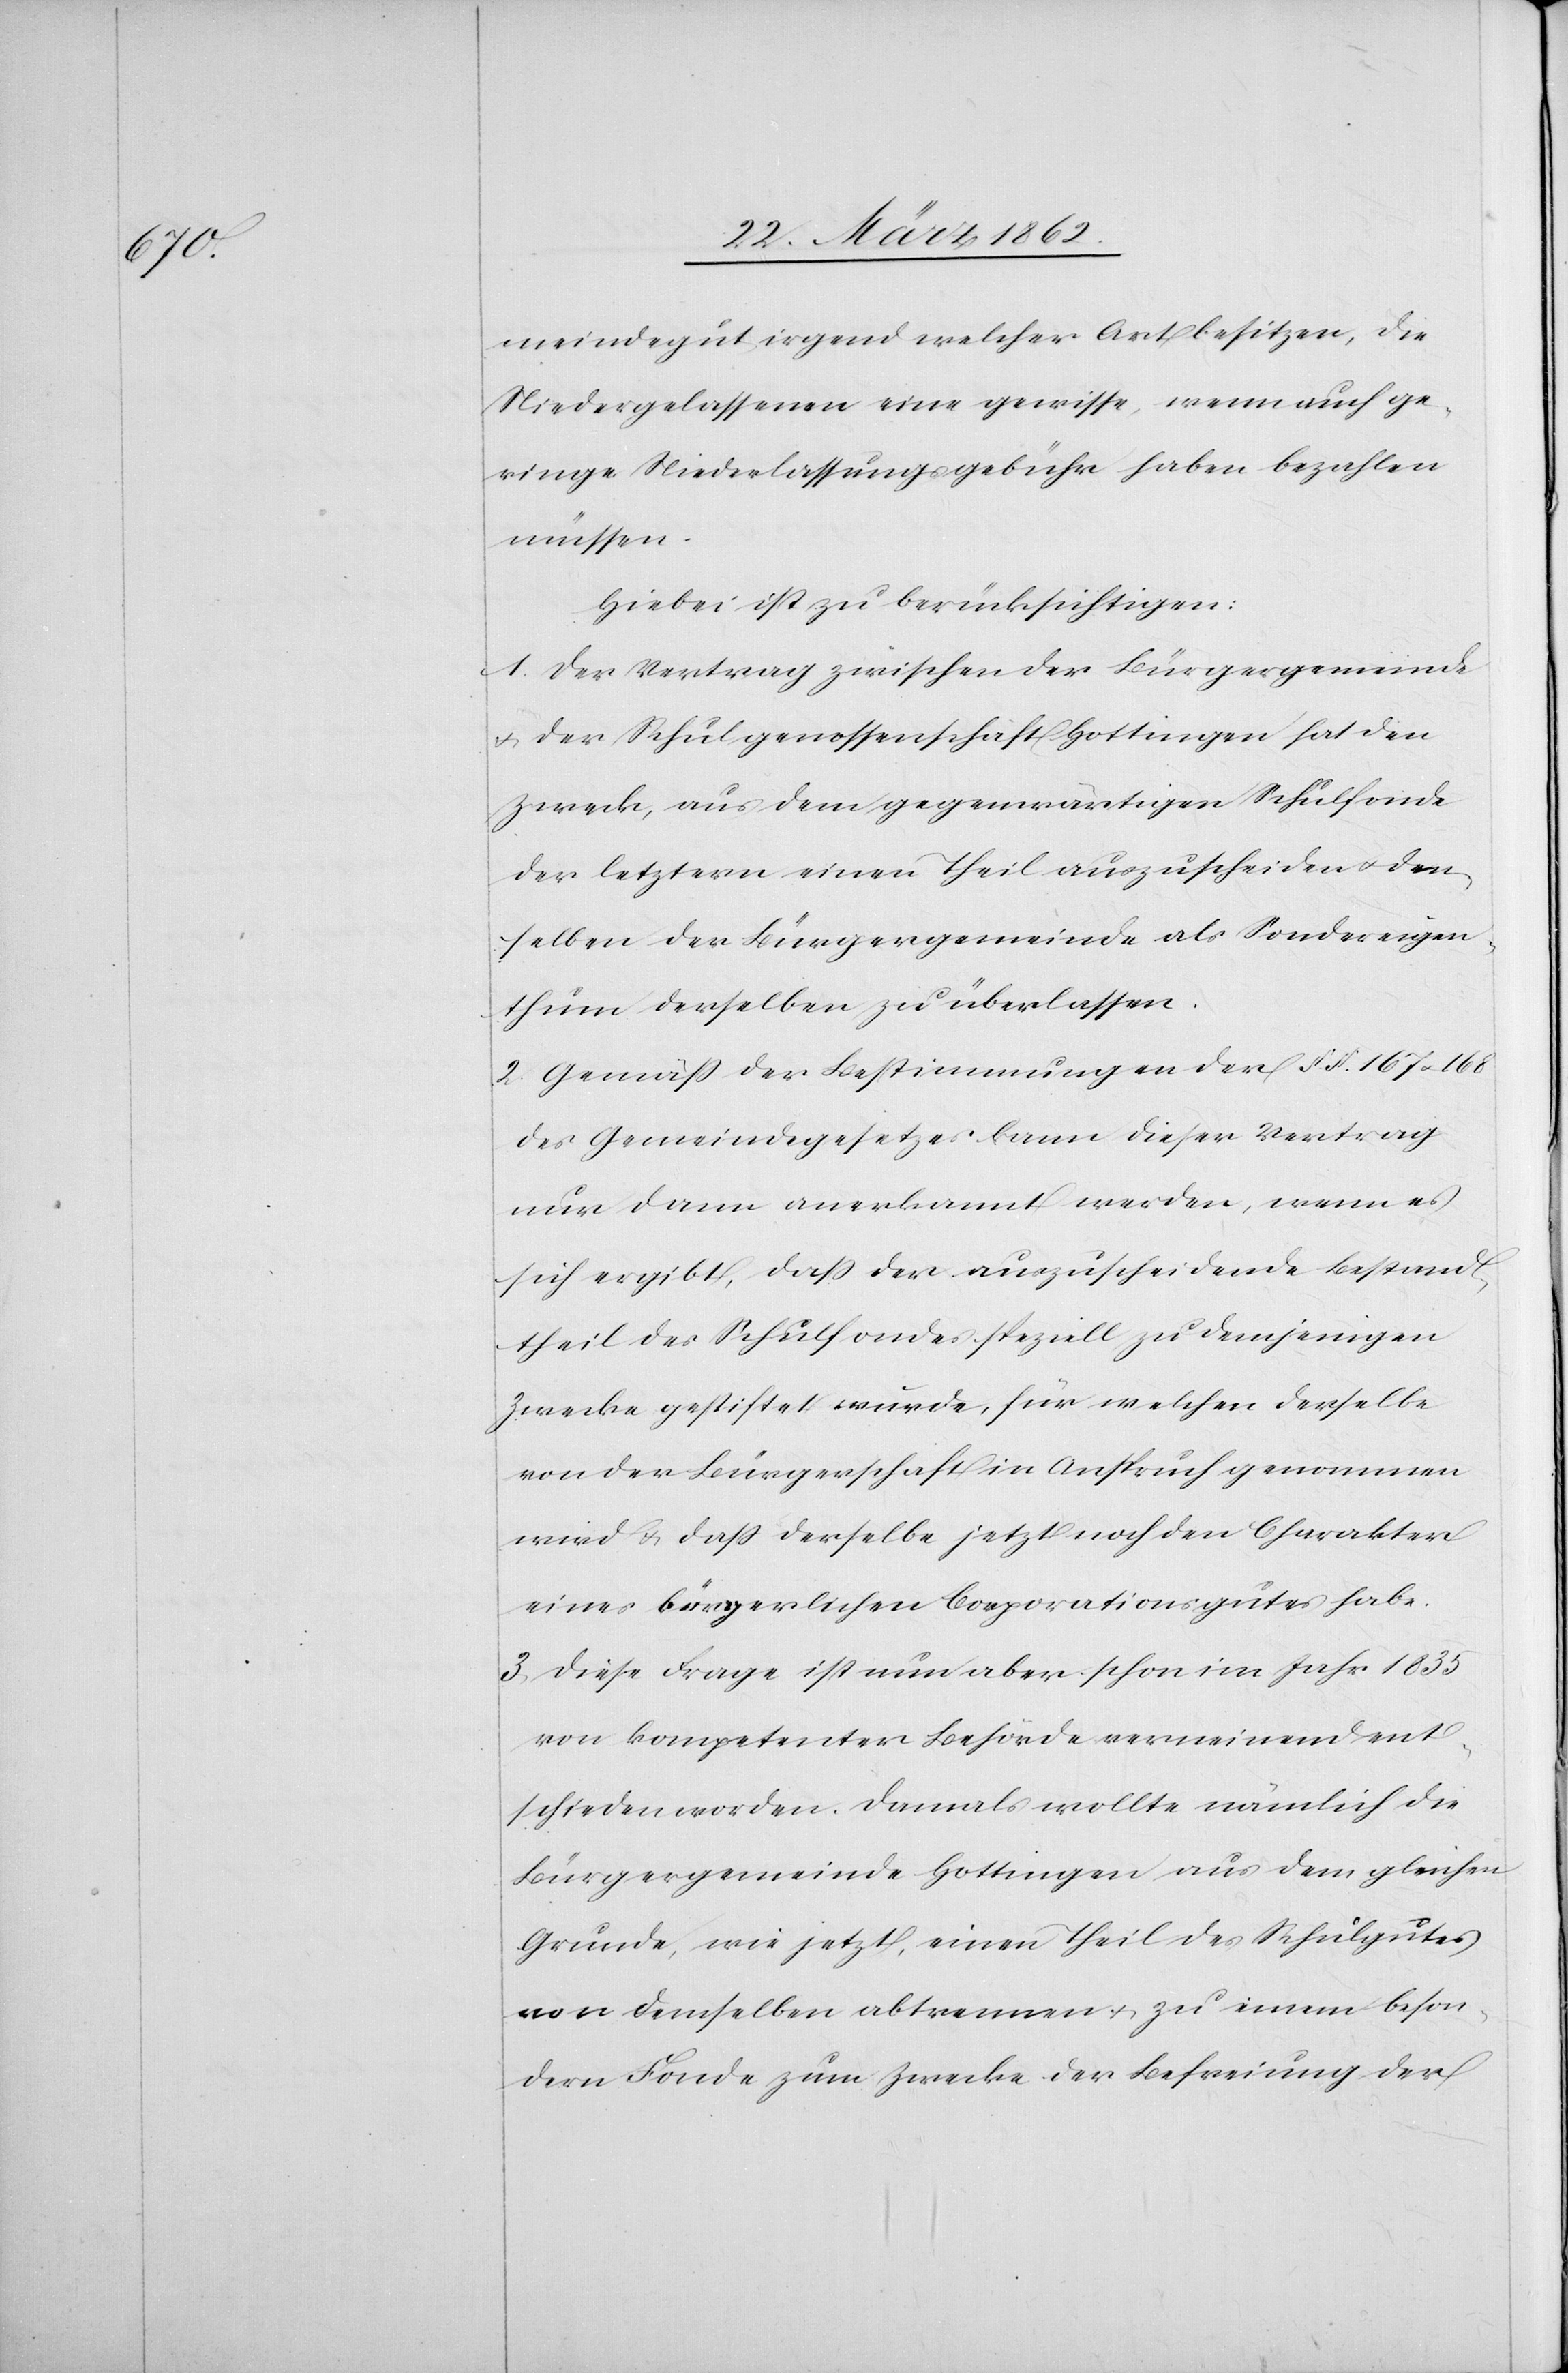
meindegut irgendwelcher Art besitzen, die
Niedergelassenen eine gewisse, wenn auch ge¬
ringe Niederlassungsgebühr haben bezahlen
müssen.
Hiebei ist zu berücksichtigen:
1. Der Vertrag zwischen der Bürgergemeinde
u. der Schulgenossenschaft Hottingen hat den
Zweck, aus dem gegenwärtigen Schulfonde
der letztern einen Theil auszuscheiden u. den¬
selben der Bürgergemeinde als Sondereigen¬
thum derselben zu überlassen.
2. Gemäß der Bestimmungen der §. §. 167 u. 168
des Gemeindegesetzes kann dieser Vertrag
nur dann anerkannt werden, wenn es
sich ergibt, daß der auszuscheidende Bestand¬
theil des Schulfondes speziell zu demjenigen
Zwecke gestiftet wurde, für welchen derselbe
von der Bürgerschaft in Anspruch genommen
wird u. daß derselbe jetzt noch den Charakter
eines bürgerlichen Corporationsgutes habe.
3. Diese Frage ist nun aber schon im Jahr 1835
von kompetenter Behörde verneinend ent¬
schieden worden. Damals wollte nämlich die
Bürgergemeinde Hottingen aus dem gleichen
Grunde, wie jetzt, einen Theil des Schulgutes
von demselben abtrennen u. zu einem beson¬
dern Fonde zum Zwecke der Befreiung der